Vabadussoja_Ajaloo_Komitee, lk 49
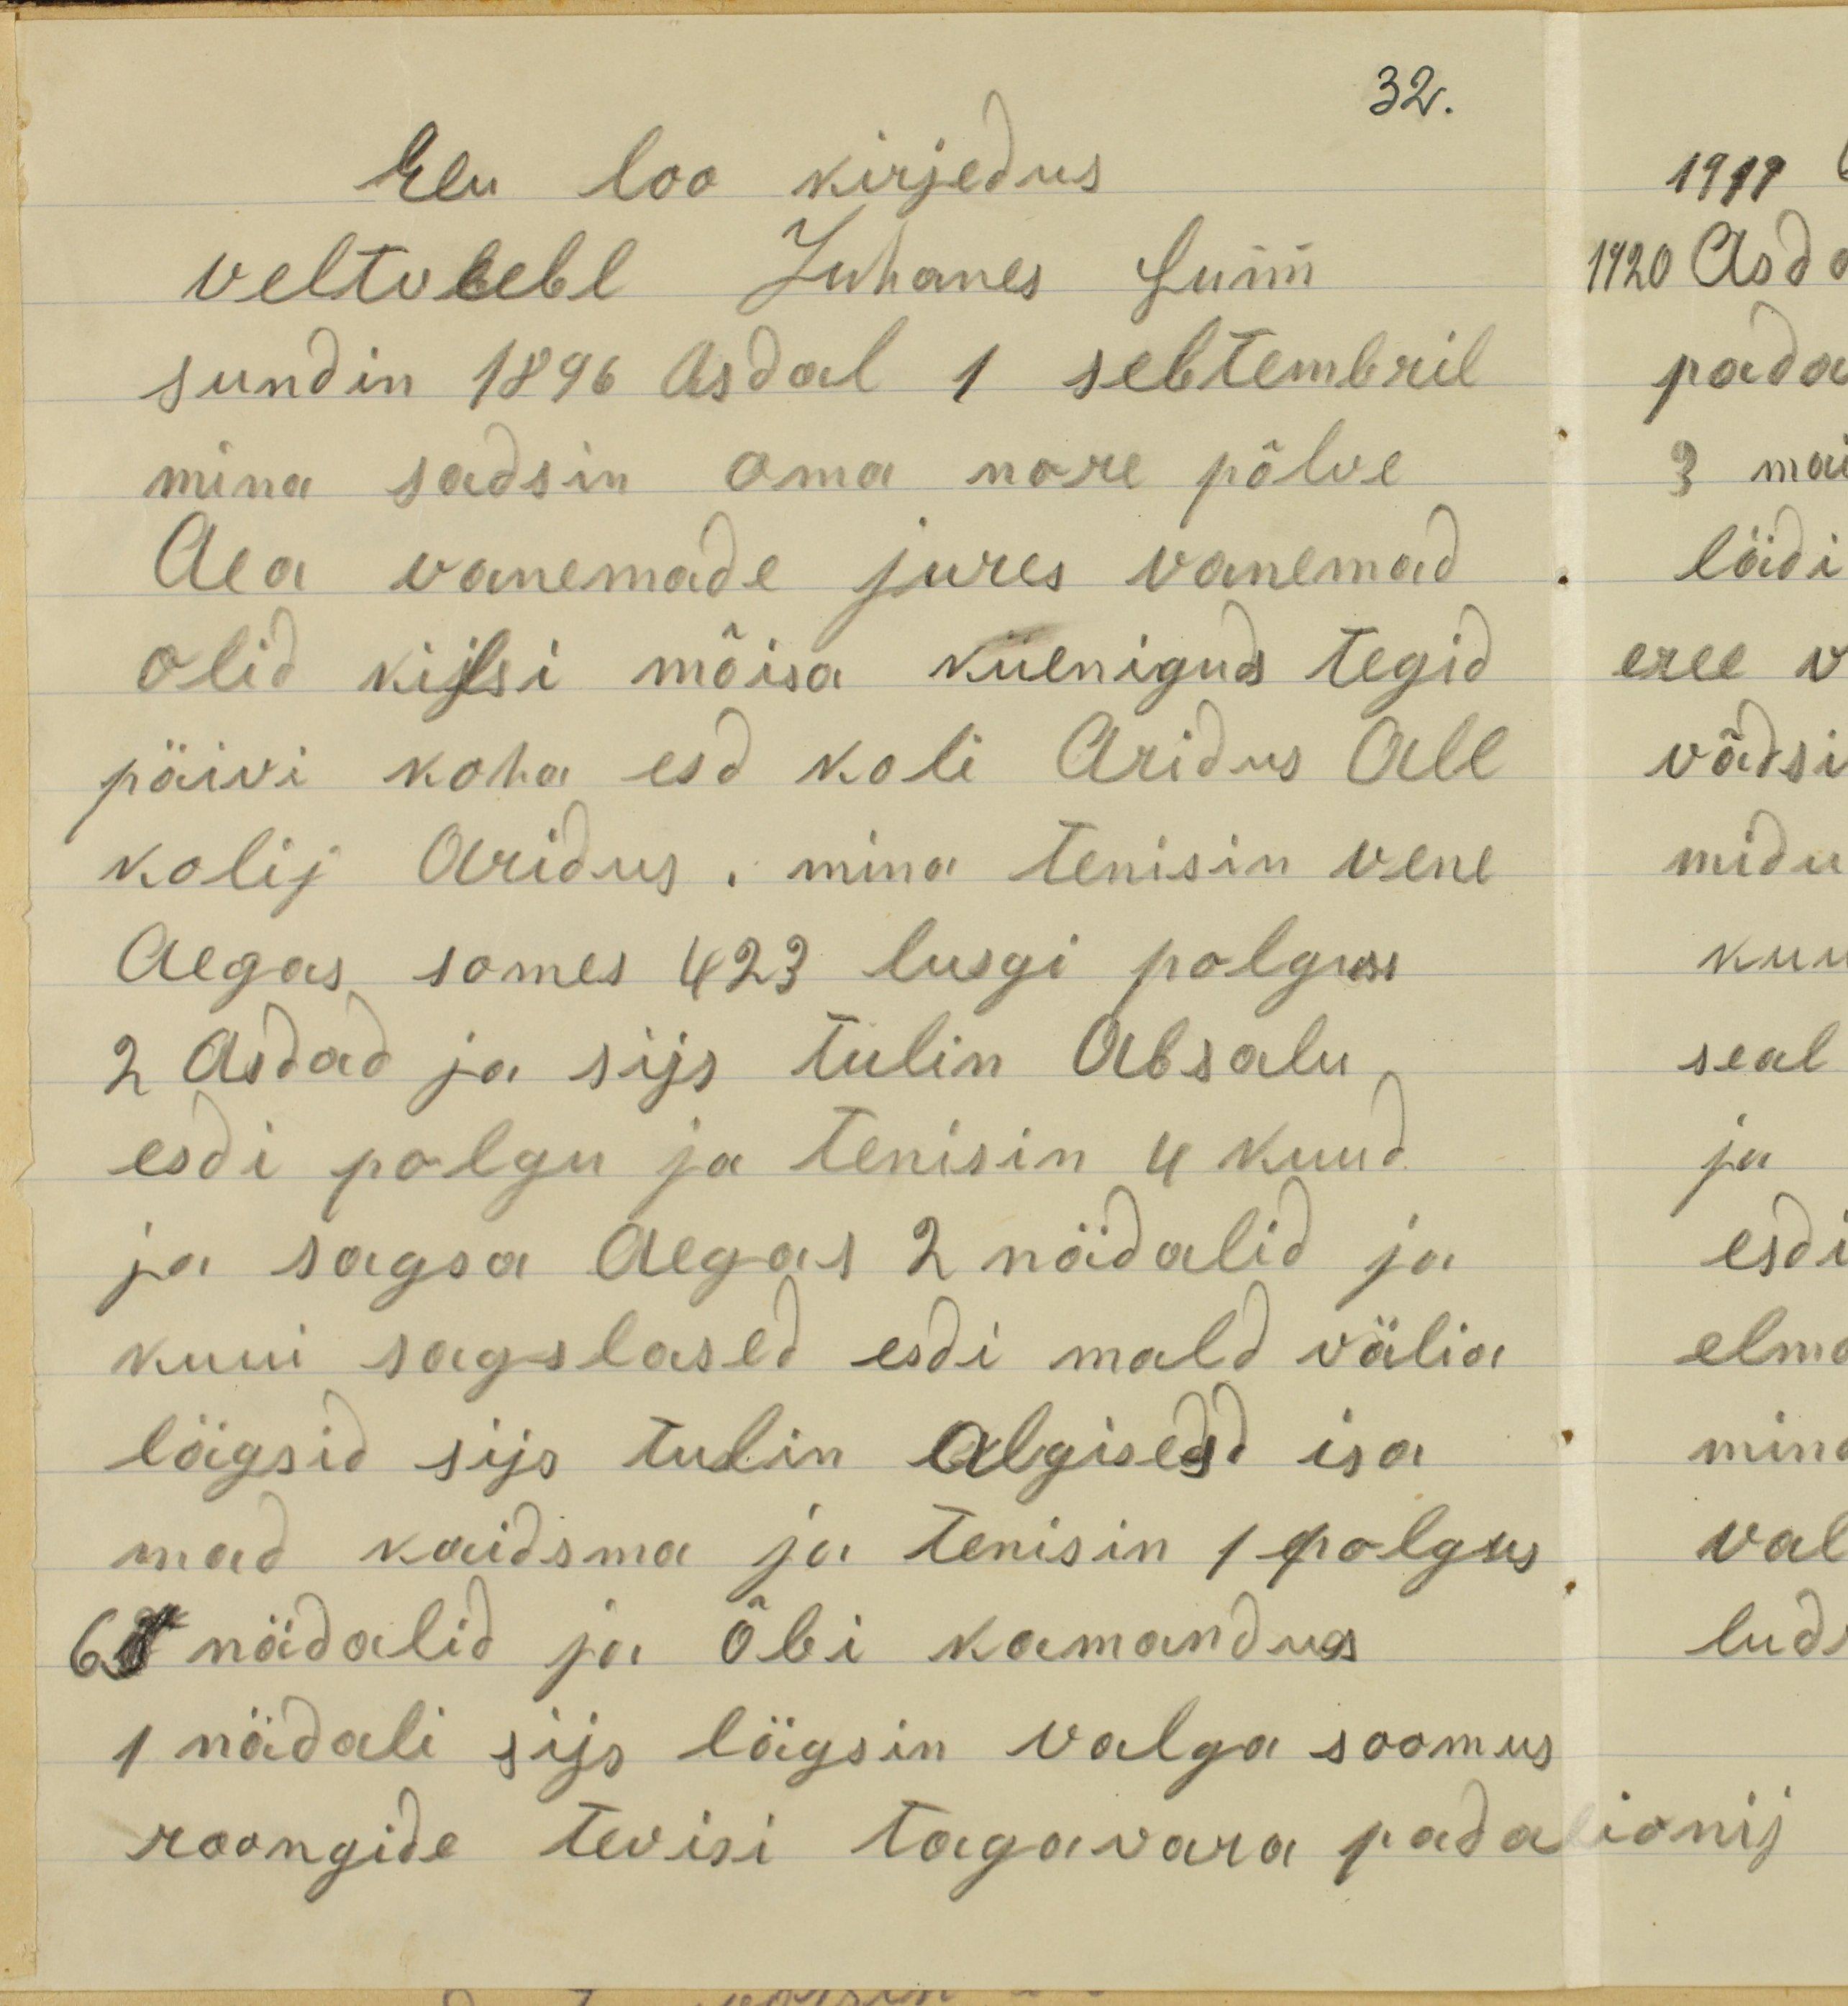
32.
Elu loo kirjeldus
veltvebel Juhanes Sunn
sundin 1896 asdal 1 sebtembril
mina sadsin oma nore põlve
aia vanemade jures vanemad
olid kiltsi mõisa külnigud tegid
päivi koha esd koli aridus all
kolij aridus. mina teenisin wene
aegus somes 423 lusgi polgus
2 asdad ja siis tulin Absalu
esdi polgu ja tenisin 4 kuud
ja sagsa aegas 2 nädalid ja
kuni sagslased esdi mald välia
lägsid sijs tulin algiseld isa
mad kaidsma ja tenisin 1 polgus
65 nädalid ja öbi kamandues
1 nädali sijs lägsin valga soomus
roongide tevisi tagavara padalionij